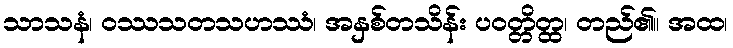
သာသနံ၊ ဝဿသတသဟဿံ၊ အနှစ်တသိန်း ပဝတ္တိတ္ထ၊ တည်၏။ အထ၊